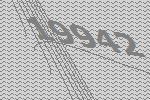
19942